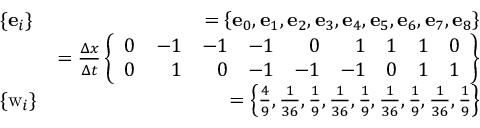
\begin{array} { r l r } & { \{ \mathbf { e } _ { i } \} } & { = { \left\{ \mathbf { e } _ { 0 } , \mathbf { e } _ { 1 } , \mathbf { e } _ { 2 } , \mathbf { e } _ { 3 } , \mathbf { e } _ { 4 } , \mathbf { e } _ { 5 } , \mathbf { e } _ { 6 } , \mathbf { e } _ { 7 } , \mathbf { e } _ { 8 } \right\} } } \\ & { } & { = \frac { \Delta x } { \Delta t } \left\{ \begin{array} { r r r r r r r r r } { 0 } & { - 1 } & { - 1 } & { - 1 } & { 0 } & { 1 } & { 1 } & { 1 } & { 0 } \\ { 0 } & { 1 } & { 0 } & { - 1 } & { - 1 } & { - 1 } & { 0 } & { 1 } & { 1 } \end{array} \right\} } \\ & { \{ \mathrm { w } _ { i } \} } & { = { \left\{ \frac { 4 } { 9 } , \frac { 1 } { 3 6 } , \frac { 1 } { 9 } , \frac { 1 } { 3 6 } , \frac { 1 } { 9 } , \frac { 1 } { 3 6 } , \frac { 1 } { 9 } , \frac { 1 } { 3 6 } , \frac { 1 } { 9 } \right\} } } \end{array}